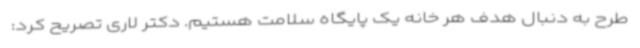
طرح به دنبال هدف هر خانه یک پایگاه سلامت هستیم. دکتر لاری تصریح کرد: